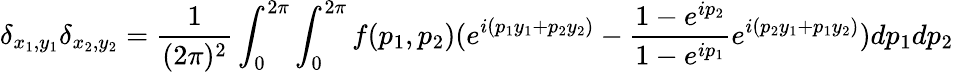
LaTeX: \delta_{x_{1},y_{1}}\delta_{x_{2},y_{2}}=\frac{1}{(2\pi)^{2}}\int_{0}^{2\pi}\int_{0}^{2\pi}f(p_{1},p_{2})(e^{i(p_{1}y_{1}+p_{2}y_{2})}-\frac{1-e^{ip_{2}}}{1-e^{ip_{1}}}e^{i(p_{2}y_{1}+p_{1}y_{2})})dp_{1}dp_{2}